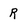
Character: R